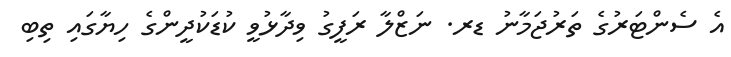
އެ ސެންޓަރުގެ ތަރުޖަމާނު ޑރ. ނަޒްލާ ރަފީގު ވިދާޅުވީ ކުޑަކުދީންގެ ހިޔާގައި ތިބި